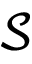
\mathcal { S }